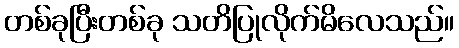
တစ်ခုပြီးတစ်ခု သတိပြုလိုက်မိလေသည်။